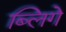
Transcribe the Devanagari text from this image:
ब्लिगे